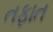
તફાત